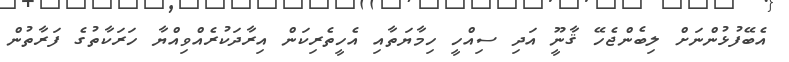
އެބޭފުޅުންނަށް ލިބެންޖެހޭ ޤާނޫީ އަދި ސިއްހީ ހިމާޔަތާއި އެހީތެރިކަން އިރާދަކުރެއްވިއްޔާ ހަރަކާތުގެ ފަރާތުން